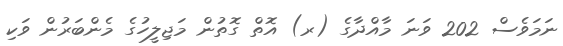
ނަމަވެސް 202 ވަނަ މާއްދާގެ (ރ) އޮތް ގޮތުން މަޖިލީހުގެ މެންބަރުން ވަކި